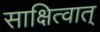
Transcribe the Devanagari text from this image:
साक्षित्वात्